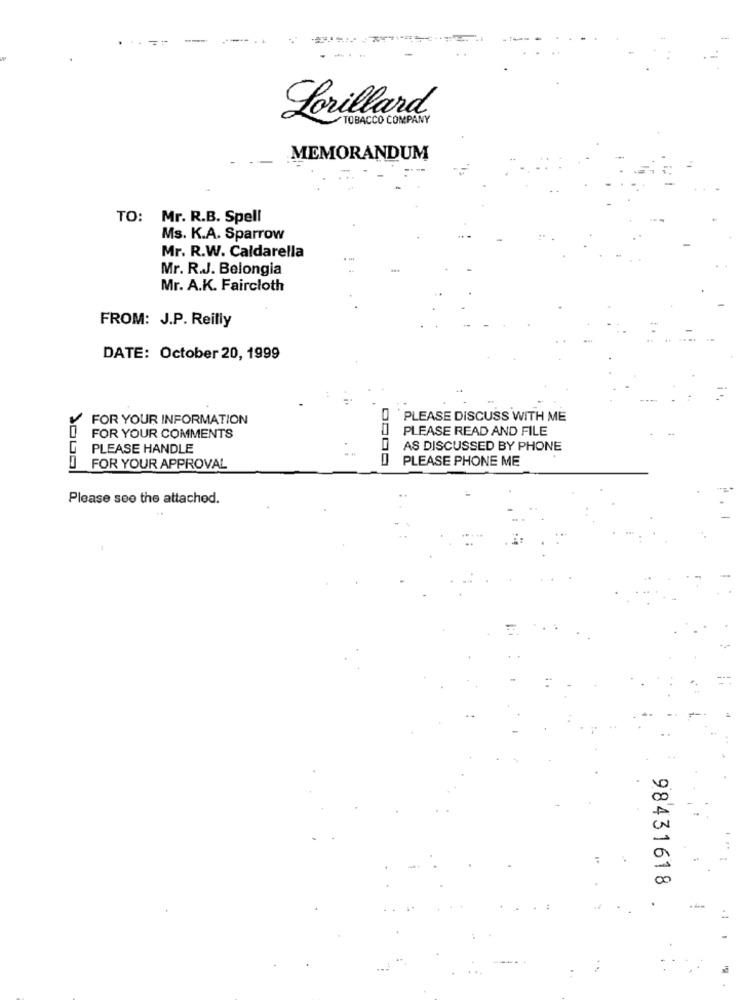
Lorillard
TOBACCO COMPANY
MEMORANDUM
TO:
Mr. R.B. Spell
Ms. K.A. Sparrow
Mr. R.W. Caldarella
Mr. R.J. Belongia
Mr. A.K. Faircloth
FROM: J.P. Reilly
DATE: October 20, 1999
FOR YOUR INFORMATION
PLEASE DISCUSS WITH ME
PLEASE READ AND FILE
FOR YOUR COMMENTS
PLEASE HANDLE
AS DISCUSSED BY PHONE
PLEASE PHONE ME
FOR YOUR APPROVAL
Please see the attached.
20
00
98431618